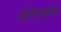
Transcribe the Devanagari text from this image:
सोवेत्सकाया